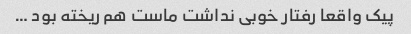
پیک واقعا رفتار خوبی نداشت ماست هم ریخته بود …